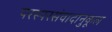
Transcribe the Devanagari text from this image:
परस्परसंवादानुकूल